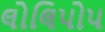
લોલિપોપ